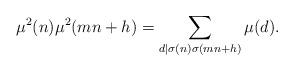
LaTeX: \begin{align*}\mu^2(n)\mu^2(mn+h)=\sum_{d\mid \sigma(n)\sigma(mn+h)}\mu(d).\end{align*}